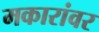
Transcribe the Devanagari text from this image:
मकारांवर